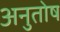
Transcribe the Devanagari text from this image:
अनुुतोष